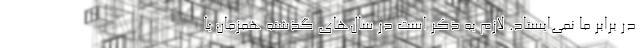
در برابر ما نمی‌ایستاد. لازم به ذکر است در سال‌های گذشته همزمان با